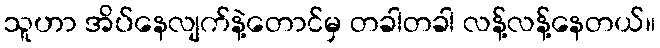
သူဟာ အိပ်နေလျက်နဲ့တောင်မှ တခါတခါ လန့်လန့်နေတယ်။